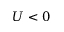
U < 0